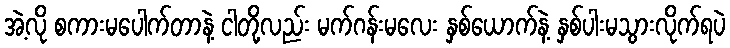
အဲ့လို စကားမပေါက်တာနဲ့ ငါတို့လည်း မက်ဂန်းမလေး နှစ်ယောက်နဲ့ နှစ်ပါးမသွားလိုက်ရပဲ